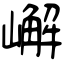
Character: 嶰